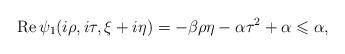
LaTeX: \begin{align*}\operatorname{Re}\psi_1(i\rho,i\tau,\xi+i\eta)=-\beta\rho\eta-\alpha\tau^2+\alpha\leqslant \alpha,\end{align*}